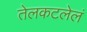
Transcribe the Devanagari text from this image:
तेलकटलेलं